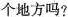
个地方吗?